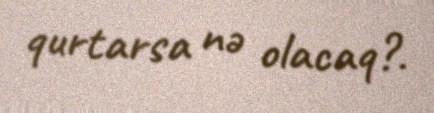
qurtarsa nə olacaq?.